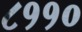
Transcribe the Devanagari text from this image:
८११०